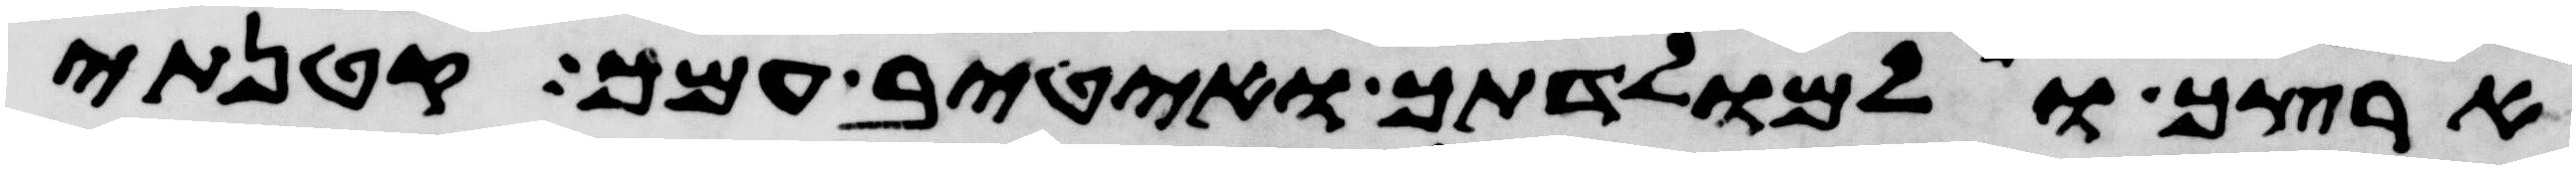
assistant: ארצך ואל מולדתך ואטיב עמך קטנתי